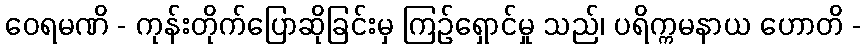
ဝေရမဏိ - ကုန်းတိုက်ပြောဆိုခြင်းမှ ကြဉ်ရှောင်မှု သည်၊ ပရိက္ကမနာယ ဟောတိ -